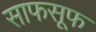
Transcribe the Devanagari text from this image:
साफसूफ